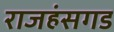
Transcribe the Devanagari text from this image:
राजहंसगड